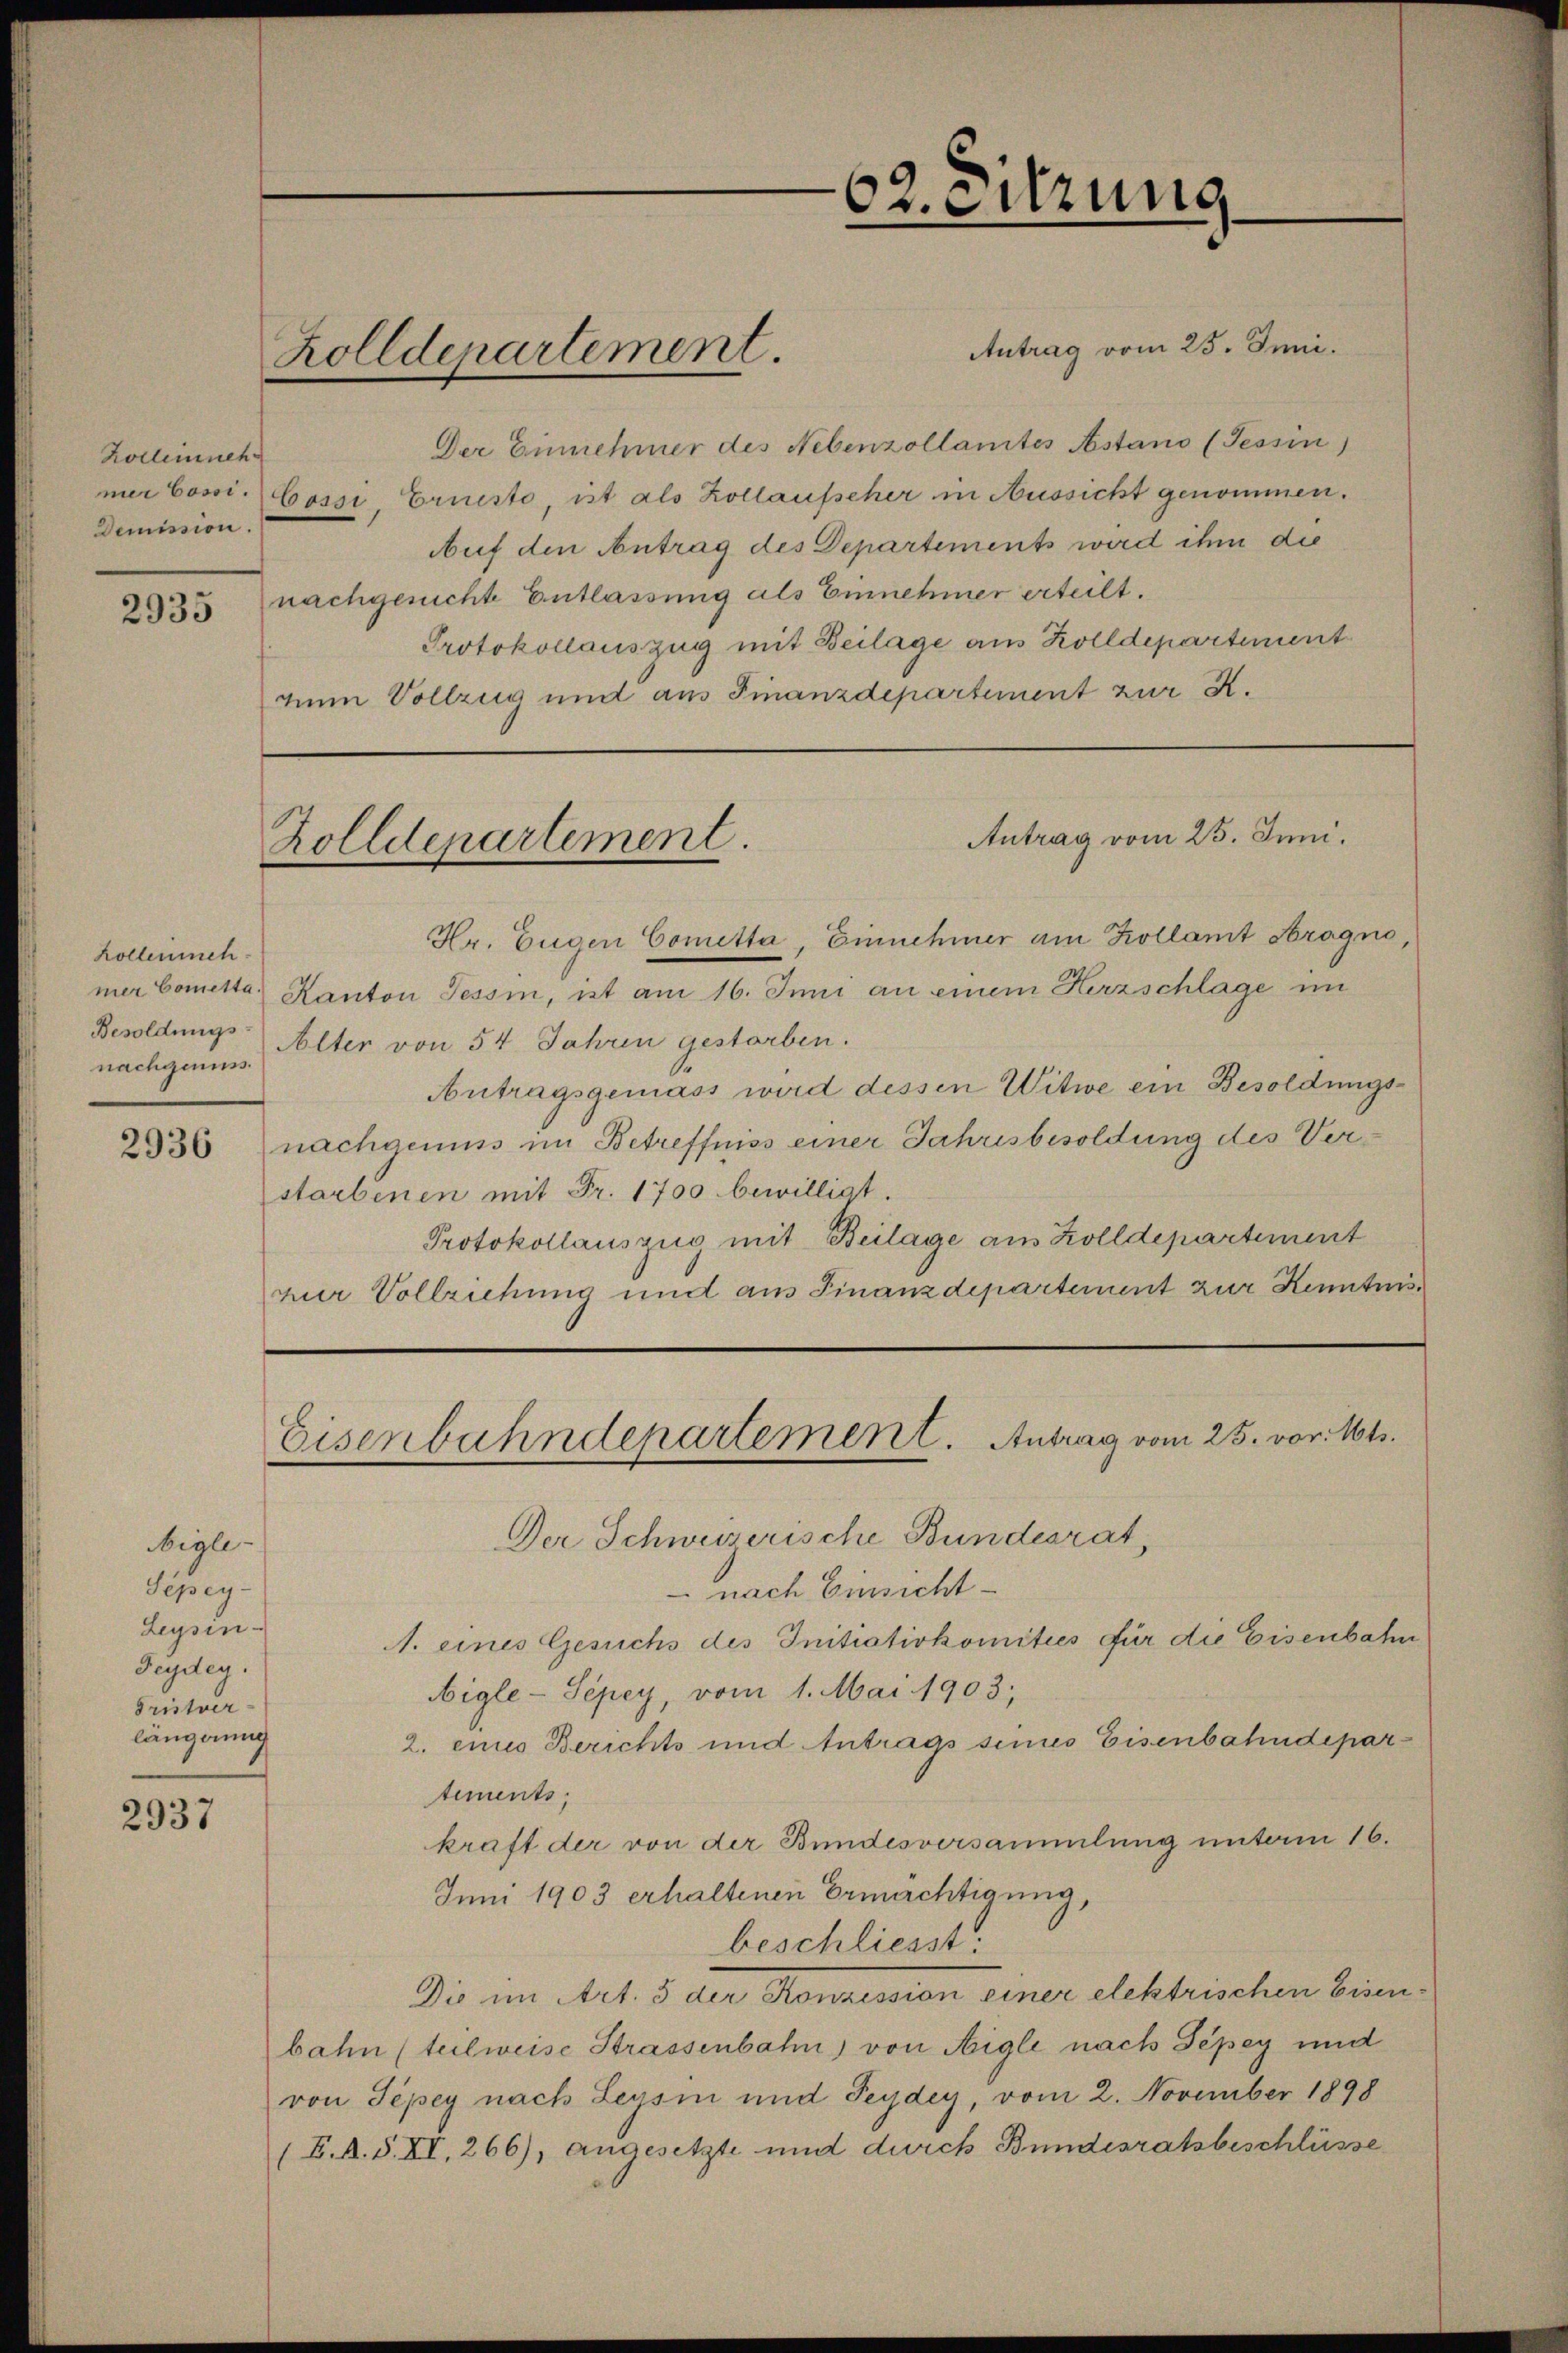
Kolleinneh
Demission.
2935

hollenmeh
nachgenuss.

2936

igle-
Sépey-
Leysin-
Seÿsteg.
Tristver-
längerung

2937

Zolldepartement.

Antrag vom 25. Juni.
Der Einnehmer des Nebenzollamtes Astand (Tessin
mer bossi Cossi, Ernesto, ist als Kollaufscher in Aussicht genommen.
Auf den Antrag des Departements wird ihm die
nachgesuchte Entlassung als Einnehmer erteilt.
Protokollauszug mit Beilage aus Zolldepartement
zum Vollzug und aus Finanzdepartement zur K.

Hr. Eugen Cometta, Einnehmer am Kollamt Aragno,
mer Comette Kanton Tessin, ist am 16. Juni an einem Herzschlage im
Besoldung Alter von 54 Jahren gestorben.
Antragsgemäss wird dessen Witwe ein Besoldungsnachgenuss im Betreffniss einer Jahresbesoldung des Verstarbenen mit Fr. 1700 bewilligt.
Protokollauszug mit Beilage aus Zolldepartement
zur Vollziehung und aus Finanzdepartement zur Kenntnis¬

Zolldepartement.

Antrag vom 25. Juni.

Eisenbahndepartement. Antrag vom 25. vor. Mts.

62. eitzung

Der Schweizerische Bundesrat
nach Einsicht
A. eines Gesuchs des Initiativkomitees für die Eisenbahn
Aigle - Sépey, vom 1. Mai 1903;
2. eines Berichts und Antrags sines Eisenbahndepartements,
kraft der von der Bundesversammlung unterm 16.
Juni 1903 erhaltenen Ermächtigung,
beschliesst:
Die im Art. 5 der Konzession einer elektrischen Eisenbahn (teilweise Strassenbahn von Aigle nach Tepey und
von Sépey nach Leysin und Seydey, vom 2. November 1898
(E. A. S. XI. 266), angesetzte und durch Bundesratsbeschlüsse